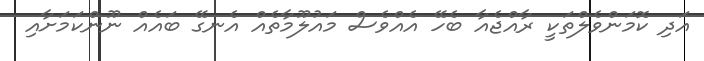
އަދި ކޮމަންވެލްތަކީ ރާއްޖެއާ ބެހޭ އެއްވެސް މައުލޫމާތެއް އެނގޭ ބައެއް ނޫންކަމަށާއި